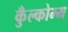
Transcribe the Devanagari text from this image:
कुँल्कोम्म